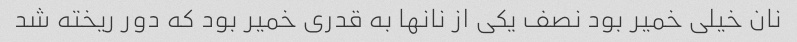
نان خیلی خمیر بود نصف یکی از نانها به قدری خمیر بود که دور ریخته شد